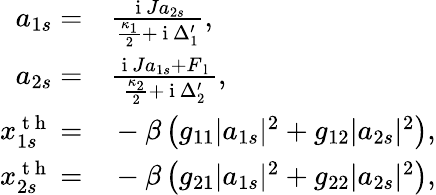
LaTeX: \begin{array}{rl}{a_{1s}=}&{{}\frac{\mathrm{~i~}Ja_{2s}}{\frac{\kappa_{1}}{2}+\mathrm{~i~}\Delta_{1}^{\prime}},}\\ {a_{2s}=}&{{}\frac{\mathrm{~i~}Ja_{1s}+F_{\mathrm{~l~}}}{\frac{\kappa_{2}}{2}+\mathrm{~i~}\Delta_{2}^{\prime}},}\\ {x_{1s}^{\mathrm{~t~h~}}=}&{{}-\beta\left(g_{11}|a_{1s}|^{2}+g_{12}|a_{2s}|^{2}\right),}\\ {x_{2s}^{\mathrm{~t~h~}}=}&{{}-\beta\left(g_{21}|a_{1s}|^{2}+g_{22}|a_{2s}|^{2}\right),}\end{array}